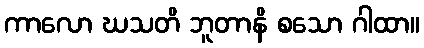
ကာလော ဃသတိ ဘူတာနိ စသော ဂါထာ။